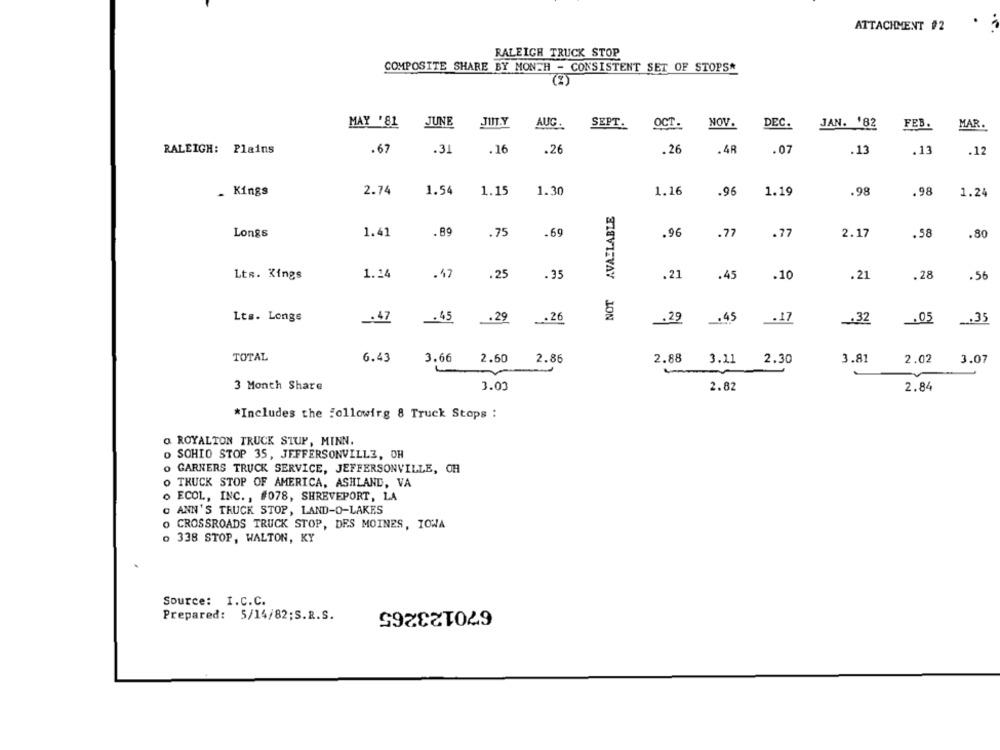
ATTACHMENT #2
RALEIGH TRUCK STOP
COMPOSITE SHARE BY MONTH - CONSISTENT SET OF STOPS*
MAY '81
JUNE
JIT.Y
AUC.
SEPT.
OCT.
NOV.
DEC.
JAN. '82
FEB.
MAR.
RALEIGH: Plains
.67
.31
.16
.26
.26
.48
.07
.13
.13
.12
_ Kings
2.74
1.54
1.15
1.30
1.16
-96
1.19
.98
.98
1.24
AVAILABLE
1.41
.89
.75
.69
.77
Longs
.96
.77
2.17
.58
.80
Lts. Kings
1.14
.47
.25
. 35
.21
.45
.10
.21
.28
.56
JON
Lts. Longs
_. 47
.45
.. 29
.. 26
.29
-45
.17
.05
.35
TOTAL
6.43
3.66 2.60
2.86
2.88
3.11 2.30
3.81
2.02
3.07
-
3 Month Share
3.03
2.82
2.84
*Includes the Following 8 Truck Stops :
O ROYALTON TRUCK STUP, MINN.
o SCHIO STOP 35, JEFFERSONVILLE, OH
o GARNERS TRUCK SERVICE, JEFFERSONVILLE, OH
O TRUCK STOP OF AMERICA, ASHLAND, VA
o ECOL, INC ., #078, SHREVEPORT, LA
. ANN'S TRUCK STOP, LAND-O-LAKES
O CROSSROADS TRUCK STOP, DES MOINES, IOWA
o 338 STOP, WALTON, KY
Source: I.C.C.
670123265
Prepared: 5/14/82;S.R.S.